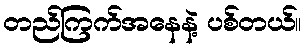
တည်ကြက်အနေနဲ့ ပစ်တယ်။